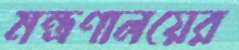
মন্ত্রণালয়ের